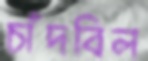
চাঁদবিল